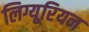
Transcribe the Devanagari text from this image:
लिग्यूरियन